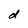
Character: d